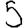
Digit: 5